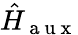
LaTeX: \hat{H}_{\mathrm{~a~u~x~}}